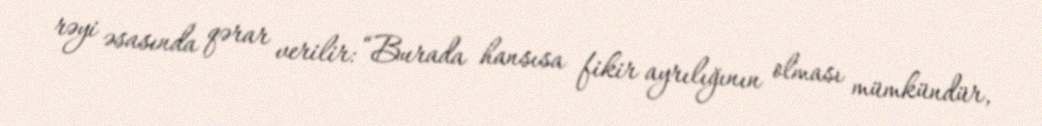
rəyi əsasında qərar verilir: “Burada hansısa fikir ayrılığının olması mümkündür,